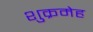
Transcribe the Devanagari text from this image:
शुक्रमेह